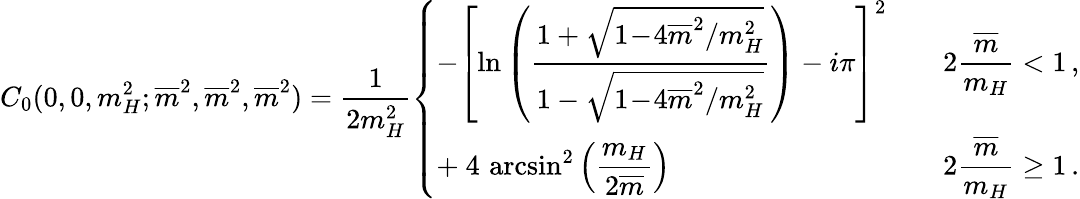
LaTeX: C_{0}(0,0,m_{H}^{2};\overline{{{m}}}^{2},\overline{{{m}}}^{2},\overline{{{m}}}^{2})=\frac{1}{2m_{H}^{2}}\left\{ \begin{array}{ll}{{\displaystyle-\left[\mathrm{ln}\left(\frac{1+\sqrt{1\! -\! 4\overline{{{m}}}^{2}/m_{H}^{2}}}{1-\sqrt{1\! -\! 4\overline{{{m}}}^{2}/m_{H}^{2}}}\right)-i\pi\right]^{2}}}&{{\displaystyle\quad 2\frac{\overline{{{m}}}}{m_{H}}<1\, ,}}\\ {{\displaystyle+\ 4\, \arcsin^{2}\left(\frac{m_{H}}{2\overline{{{m}}}}\right)}}&{{\displaystyle\quad 2\frac{\overline{{{m}}}}{m_{H}}\ge 1\, .}}\end{array}\right.